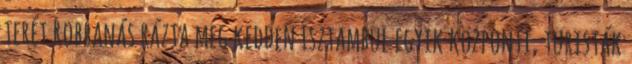
terét Robbanás rázta meg kedden Isztambul egyik központi, turisták